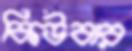
কিউবার